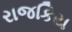
રાજકિય